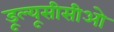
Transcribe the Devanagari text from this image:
डूल्यूसीसीओ